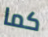
كما